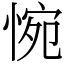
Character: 惋